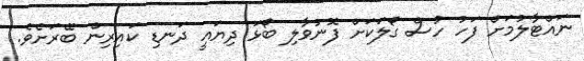
ނައްޓާލުމަށް ފަހު ހުސް ގޯލަކަށް ފޮނުވާލި ބޯޅަ ދިޔައީ ދަނޑި ކައިރިން ބޭރަށެވެ.